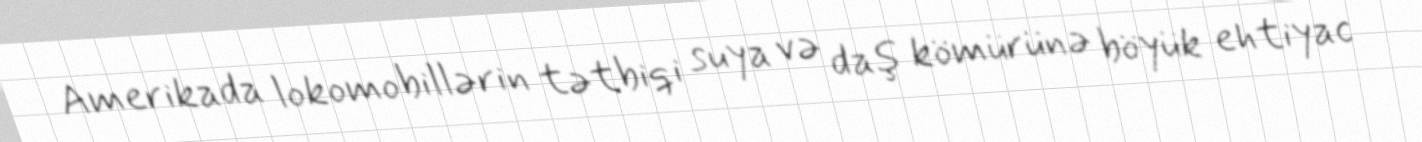
Amerikada lokomobillərin tətbiqi suya və daş kömürünə böyük ehtiyac